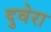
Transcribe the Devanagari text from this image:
दुवेरा